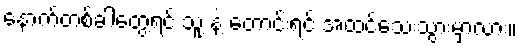
နောက်တစ်ခါတွေ့ရင် သူ့ နဲ့ တောင်းရင် အထင်သေးသွားမှာလား။